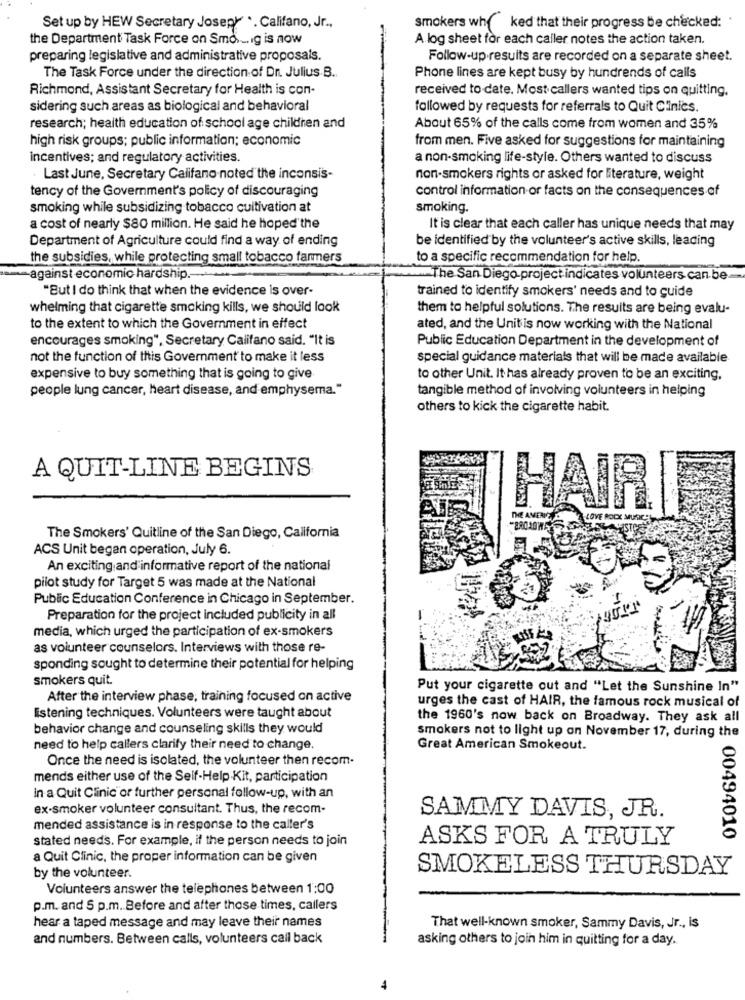
Set up by HEW Secretary Joseph .. Califano, Jr .,
smokers wh( ked that their progress be checked:
the Department Task Force on Smo .... Ig is now
A log sheet for each caller notes the action taken.
preparing legislative and administrative proposals.
Follow-up results are recorded on a separate sheet.
The Task Force under the direction of Dr. Julius.B.
Phone lines are kept busy by hundrends of calls
Richmond, Assistant Secretary for Health is con-
received to date. Most callers wanted tips on quitting.
sidering such areas as biological and behavioral
followed by requests for referrals to Quit Clinics.
research; health education of school age children and
About 65% of the calls come from women and 35%
high risk groups; public information; economic
from men. Five asked for suggestions for maintaining
incentives; and regulatory activities.
a non-smoking life-style. Others wanted to discuss
· Last June, Secretary Califano noted the inconsis-
non-smokers rights or asked for literature, weight
tency of the Government's policy of discouraging
control information or facts on the consequences of
smoking while subsidizing tobacco cultivation at
smoking.
a cost of nearly $80 million. He said he hoped the
It is clear that each caller has unique needs that may
Department of Agriculture could find a way of ending
be identified by the volunteer's active skills, leading
the subsidies, while protecting small tobacco farmers
to a specific recommendation for help.
-against economic hardship.
The San Diego project indicates volunteers can be
"But I do think that when the evidence is over-
trained to identify smokers' needs and to guide
whelming that cigarette smoking kills, we should look
them to helpful solutions. The results are being evalu-
to the extent to which the Government in effect
ated, and the Unit is now working with the National
encourages smoking", Secretary Califano said. "It is
Public Education Department in the development of
not the function of this Government to make it less
special guidance materials that will be made available
expensive to buy something that is going to give
to other Unit. It has already proven to be an exciting,
people lung cancer, heart disease, and emphysema."
tangible method of involving volunteers in helping
others to kick the cigarette habit.
A QUIT-LINE BEGINS
HAIR
THE AVENE
ALOVE ROCK MUSIC
The Smokers' Quitline of the San Diego, California
ACS Unit began operation, July 6.
An exciting and informative report of the national
pilot study for Target 5 was made at the National
Public Education Conference in Chicago in September.
4011
Preparation for the project included publicity in all
media, which urged the participation of ex-smokers
as volunteer counselors. Interviews with those re-
sponding sought to determine their potential for helping
smokers quit.
Put your cigarette out and "Let the Sunshine In"
After the interview phase, training focused on active
urges the cast of HAIR, the famous rock musical of
listening techniques. Volunteers were taught about
the 1960's now back on Broadway. They ask all
behavior change and counseling skills they would
smokers not to light up on November 17, during the
need to help callers clarify their need to change.
Great American Smokeout.
Once the need is isolated, the volunteer then recom.
mends either use of the Self-Help -Kit, participation
in a Quit Clinic or further personal follow-up, with an
ex-smoker volunteer consultant. Thus, the recom-
SAMMY DAVIS, JR.
mended assistance is in response to the caller's
stated needs. For example, if the person needs to join
ASKS FOR A TRULY
00494010
a Quit Clinic, the proper information can be given
SMOKELESS THURSDAY
by the volunteer.
Volunteers answer the telephones between 1:00
p.m. and 5 p.m. Before and after those times, callers
hear a taped message and may leave their names
That well-known smoker, Sammy Davis, Jr ., is
and numbers. Between calls, volunteers call back
asking others to join him in quitting for a day.